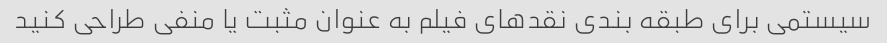
سیستمی برای طبقه بندی نقدهای فیلم به عنوان مثبت یا منفی طراحی کنید